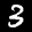
Label: 3